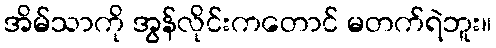
အိမ်သာကို အွန်လိုင်းကတောင် မတက်ရဲဘူး။